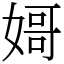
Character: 𡟵